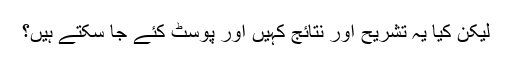
لیکن کیا یہ تشریح اور نتائج کہیں اور پوسٹ کئے جا سکتے ہیں؟